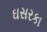
ઘસરકા